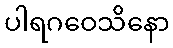
ပါရဂဝေသိနော